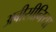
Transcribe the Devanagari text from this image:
अबीसीनिया